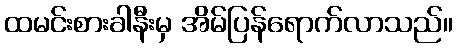
ထမင်းစားခါနီးမှ အိမ်ပြန်ရောက်လာသည်။